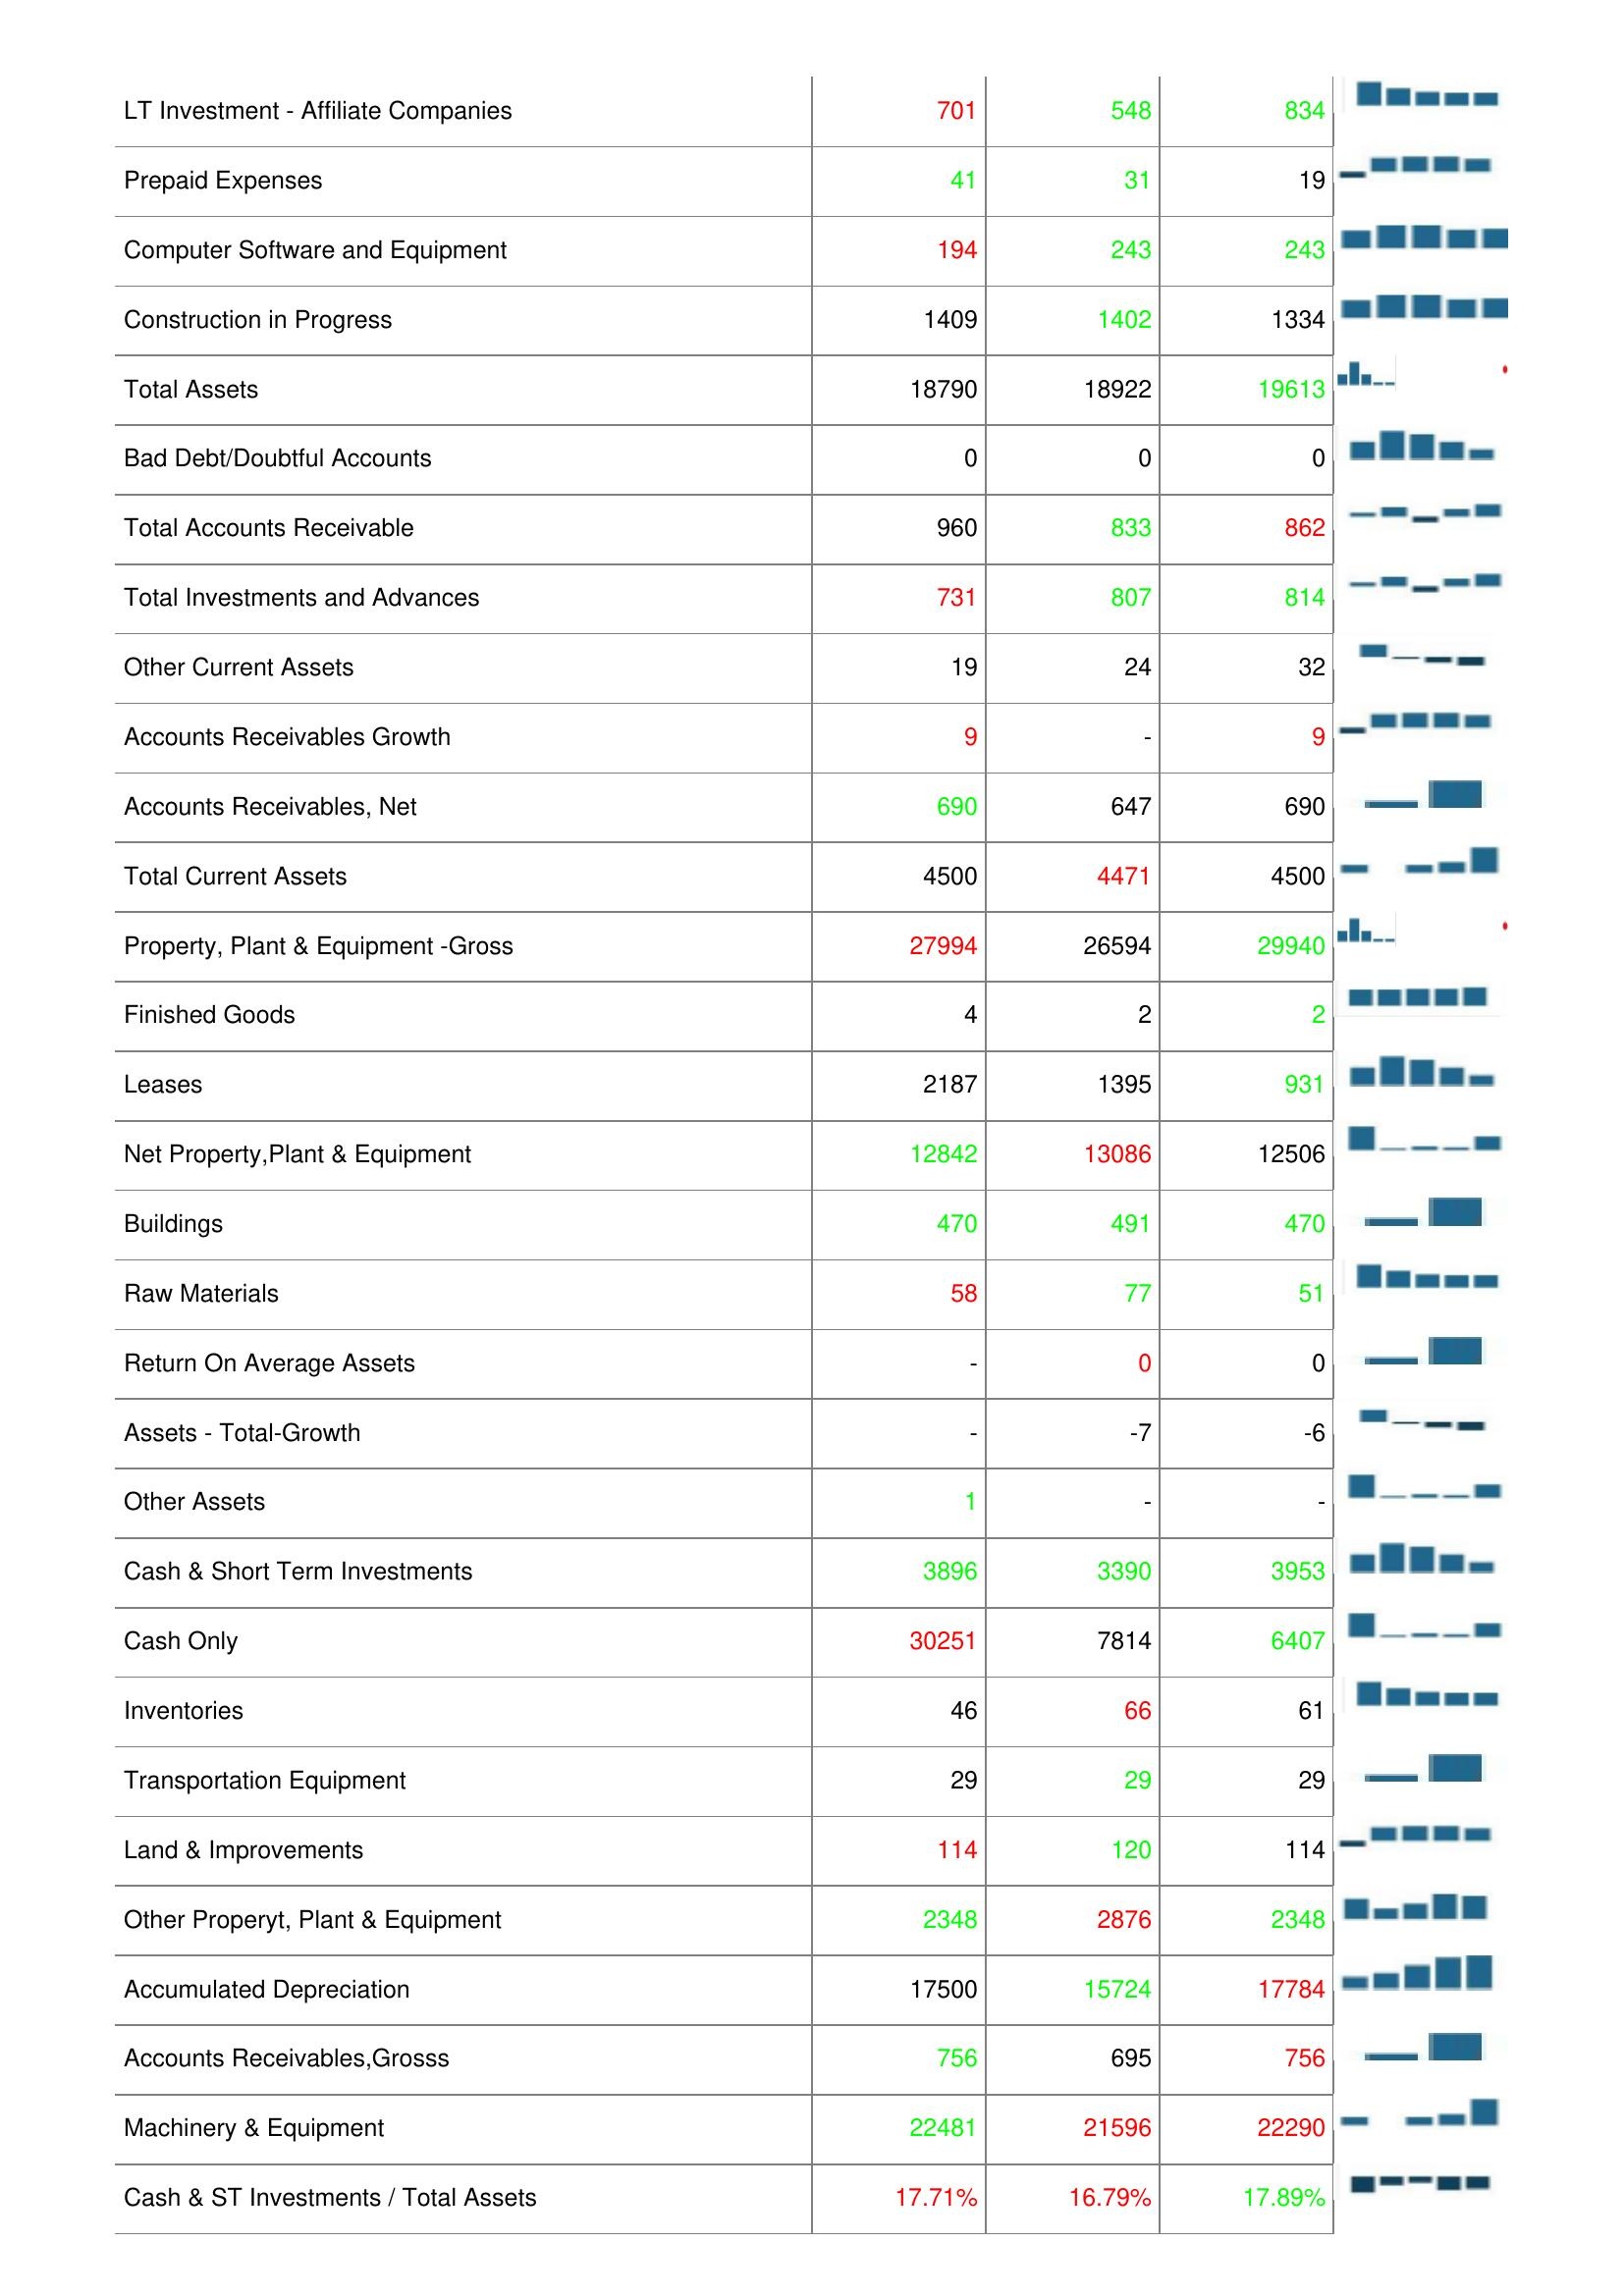
2022: Assets: Other Receivables: 104
Deferred Charges: 4
Cash & Short Term Investments Growth: -12
Asset Turnover: -
Long- Term Note Receivable: 131
Accounts Receivable Turnover: 6.47
LT Investment - Affiliate Companies: 701
Prepaid Expenses: 41
Computer Software and Equipment: 194
Construction in Progress: 1409
Total Assets: 18790
Bad Debt/Doubtful Accounts: 0
Total Accounts Receivable: 960
Total Investments and Advances: 731
Other Current Assets: 19
Accounts Receivables Growth: 9
Accounts Receivables, Net: 690
Total Current Assets: 4500
Property, Plant & Equipment -Gross: 27994
Finished Goods: 4
Leases: 2187
Net Property,Plant & Equipment: 12842
Buildings: 470
Raw Materials: 58
Return On Average Assets: -
Assets - Total-Growth: -
Other Assets: 1
Cash & Short Term Investments: 3896
Cash Only: 30251
Inventories: 46
Transportation Equipment: 29
Land & Improvements: 114
Other Properyt, Plant & Equipment: 2348
Accumulated Depreciation: 17500
Accounts Receivables,Grosss: 756
Machinery & Equipment: 22481
Cash & ST Investments / Total Assets: 17.71%
2021: Assets: Other Receivables: 224
Deferred Charges: 4
Cash & Short Term Investments Growth: 11
Asset Turnover: 0
Long- Term Note Receivable: 213
Accounts Receivable Turnover: 6.38
LT Investment - Affiliate Companies: 548
Prepaid Expenses: 31
Computer Software and Equipment: 243
Construction in Progress: 1402
Total Assets: 18922
Bad Debt/Doubtful Accounts: 0
Total Accounts Receivable: 833
Total Investments and Advances: 807
Other Current Assets: 24
Accounts Receivables Growth: -
Accounts Receivables, Net: 647
Total Current Assets: 4471
Property, Plant & Equipment -Gross: 26594
Finished Goods: 2
Leases: 1395
Net Property,Plant & Equipment: 13086
Buildings: 491
Raw Materials: 77
Return On Average Assets: 0
Assets - Total-Growth: -7
Other Assets: -
Cash & Short Term Investments: 3390
Cash Only: 7814
Inventories: 66
Transportation Equipment: 29
Land & Improvements: 120
Other Properyt, Plant & Equipment: 2876
Accumulated Depreciation: 15724
Accounts Receivables,Grosss: 695
Machinery & Equipment: 21596
Cash & ST Investments / Total Assets: 16.79%
2020: Assets: Other Receivables: 242
Deferred Charges: -
Cash & Short Term Investments Growth: -
Asset Turnover: -
Long- Term Note Receivable: 158
Accounts Receivable Turnover: 6.38
LT Investment - Affiliate Companies: 834
Prepaid Expenses: 19
Computer Software and Equipment: 243
Construction in Progress: 1334
Total Assets: 19613
Bad Debt/Doubtful Accounts: 0
Total Accounts Receivable: 862
Total Investments and Advances: 814
Other Current Assets: 32
Accounts Receivables Growth: 9
Accounts Receivables, Net: 690
Total Current Assets: 4500
Property, Plant & Equipment -Gross: 29940
Finished Goods: 2
Leases: 931
Net Property,Plant & Equipment: 12506
Buildings: 470
Raw Materials: 51
Return On Average Assets: 0
Assets - Total-Growth: -6
Other Assets: -
Cash & Short Term Investments: 3953
Cash Only: 6407
Inventories: 61
Transportation Equipment: 29
Land & Improvements: 114
Other Properyt, Plant & Equipment: 2348
Accumulated Depreciation: 17784
Accounts Receivables,Grosss: 756
Machinery & Equipment: 22290
Cash & ST Investments / Total Assets: 17.89%